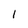
Character: 1